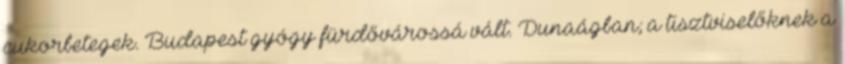
cukorbetegek. Budapest gyógy fürdővárossá vált. Dunaágban; a tisztviselőknek a